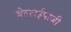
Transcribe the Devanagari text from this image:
वेल्लईपाजी